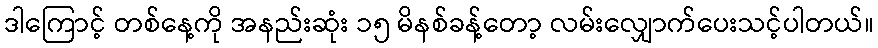
ဒါကြောင့် တစ်နေ့ကို အနည်းဆုံး ၁၅ မိနစ်ခန့်တော့ လမ်းလျှောက်ပေးသင့်ပါတယ်။